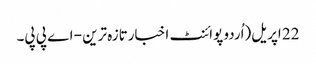
22 اپریل(اُردو پوائنٹ اخبارتازہ ترین - اے پی پی۔